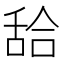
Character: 𦧛